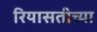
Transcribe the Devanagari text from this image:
रियासतीच्या